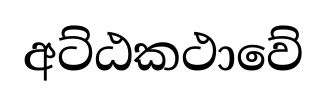
අට්ඨකථාවේ